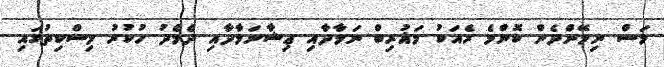
މަސް ނިމޭންދެން ކޮންމެ ރެއަކު މަޣުރިބް ނަމާދާއި ޢިޝާނަމާދާއި ދެމެދު ހުކުރު މިސްކިތުގައި